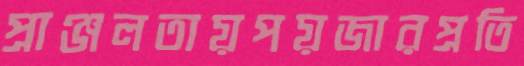
প্রাঞ্জলতায়পয়জারপ্রতি